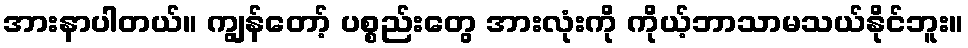
အားနာပါတယ်။ ကျွန်တော့် ပစ္စည်းတွေ အားလုံးကို ကိုယ့်ဘာသာမသယ်နိုင်ဘူး။